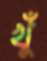
খুঁ